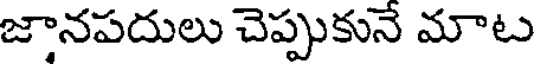
జానపదులు చెప్పుకునే మాట